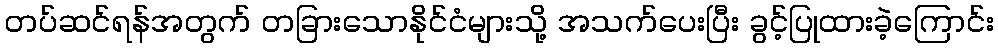
တပ်ဆင်ရန်အတွက် တခြားသောနိုင်ငံများသို့ အသက်ပေးပြီး ခွင့်ပြုထားခဲ့ကြောင်း